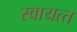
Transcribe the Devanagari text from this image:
स्‍वायत्‍त